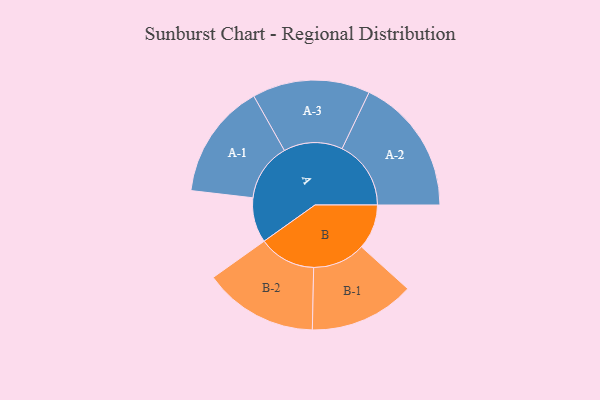
{"axis": {"x": "Segment", "y": "Value"}, "legend": ["", "A", "B"], "data": [{"x": "A", "y": 130, "type": ""}, {"x": "B", "y": 130, "type": ""}, {"x": "A-1", "y": 167, "type": "A"}, {"x": "A-2", "y": 199, "type": "A"}, {"x": "A-3", "y": 170, "type": "A"}, {"x": "B-1", "y": 152, "type": "B"}, {"x": "B-2", "y": 165, "type": "B"}]}